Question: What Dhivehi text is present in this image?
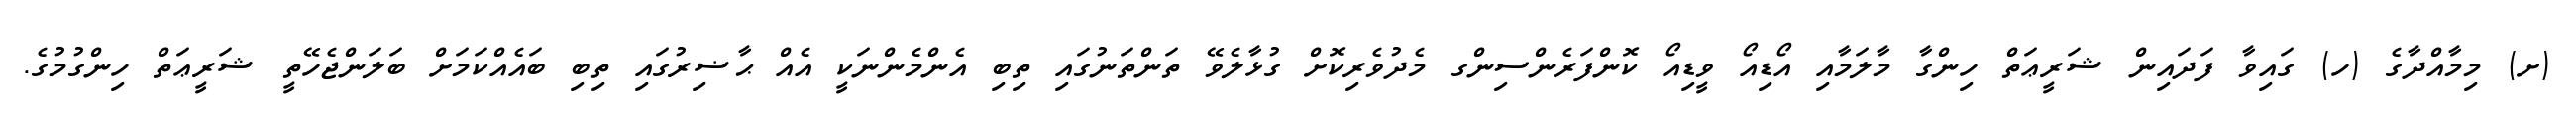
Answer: (ށ) މިމާއްދާގެ (ހ) ގައިވާ ފަދައިން ޝަރީޢަތް ހިންގާ މާލަމާއި އޯޑިއޯ ވީޑިއޯ ކޮންފަރެންސިންގ މެދުވެރިކޮށް ގުޅާލެވޭ ތަންތަނުގައި ތިބި އެންމެންނަކީ އެއް ޙާޟިރުގައި ތިބި ބައެއްކަމަށް ބަލަންޖެހޭތީ ޝަރީޢަތް ހިންގުމުގެ.